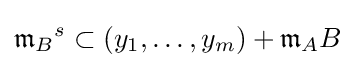
{{\mathfrak {m}}_{B}}^{s}\subset (y_{1},\dots ,y_{m})+{\mathfrak {m}}_{A}B